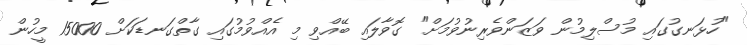
"ހުޅަނގުގައި މުސްލިމުން ވަޒަންވެރިނުވުމަށް" ގޮވާލައި ބޭއްވި މި އެއްވުމުގައި ގާތްގަނޑަކަށް 15000 މީހުން